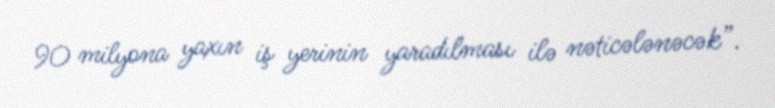
90 milyona yaxın iş yerinin yaradılması ilə nəticələnəcək”.